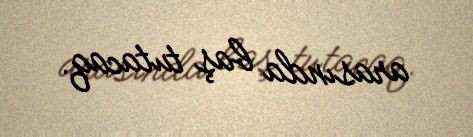
arasında baş tutacaq.